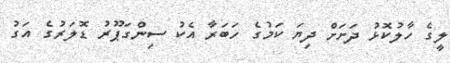
ލީގެ ހާލުކޮޅު ދަށަށް ދިޔަ ކަމުގެ ހަބަރާ އެކު ސިންގަޕޫރު ޑޮލަރުގެ އަގު